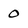
Character: 0